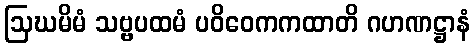
ဩဃမိမံ သဗ္ဗပထမံ ပဝိဝေကကထာတိ ဂဟဏဋ္ဌာနံ